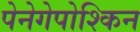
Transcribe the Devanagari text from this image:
पेनेगेपोश्किन